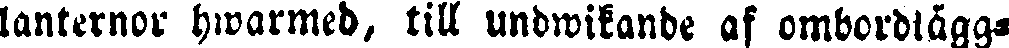
lanternor hwarmed, till undwikande af ombordlägg-